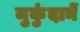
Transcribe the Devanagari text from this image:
मुकुंदानें